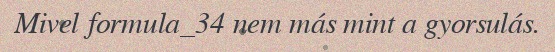
Mivel formula_34 nem más mint a gyorsulás.